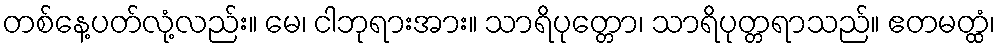
တစ်နေ့ပတ်လုံ့လည်း။ မေ၊ ငါဘုရားအား။ သာရိပုတ္တော၊ သာရိပုတ္တရာသည်။ ဧတမတ္ထံ၊